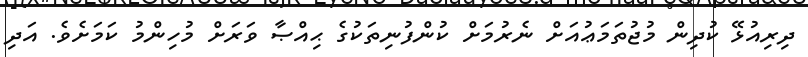
ދިރިއުޅޭ ކުދިން މުޖުތަމަޢުއަށް ނެރުމަށް ކުންފުނިތަކުގެ ޙިއްޞާ ވަރަށް މުހިންމު ކަމަށެވެ. އަދި